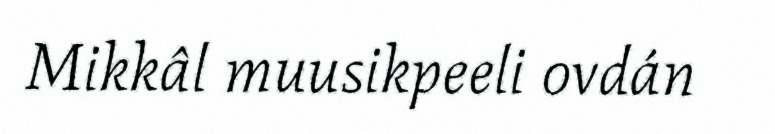
Mikkâl muusikpeeli ovdán